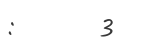
:       3